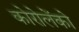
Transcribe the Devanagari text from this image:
कोरोलेंको